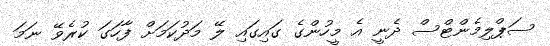
ސަޕްލިމެންޓްސް ދެނީ އެ މީހުންގެ ގައިގައި ލޭ މަދުކަމަށް ފާހަގަ ކުރެވޭ ނަމަ